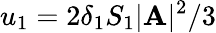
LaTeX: u_{1}=2\delta_{1}S_{1}|{\mathbf A}|^{2}/3